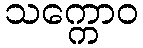
သက္ကောဝ